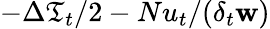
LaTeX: -\Delta\mathfrak{T}_{t}/2-Nu_{t}/(\delta_{t}\mathbf{w})